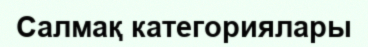
Салмақ категориялары